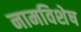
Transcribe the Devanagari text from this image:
नामविशेष